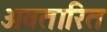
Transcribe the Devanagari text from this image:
अवतारित